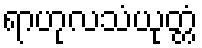
ရာဟုလသံယုတ္တံ